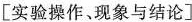
[实验操作、现象与结论]